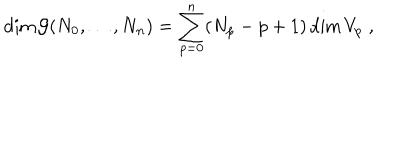
LaTeX: \textrm { d i m } \, \mathcal { G } ( N _ { 0 } , \ldots , N _ { n } ) = \sum _ { p = 0 } ^ { n } ( N _ { p } - p + 1 ) \, \textrm { d i m } \, V _ { p } \; ,